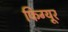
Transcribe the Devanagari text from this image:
फिग्यूर